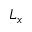
L _ { x }